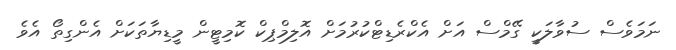
ނަމަވެސް ސުވާލަކީ ގޭމްސް އަށް އެކްރެޑިޓްކުރުމަށް އޮލިމްޕިކް ކޮމިޓީން މީޑިޔާތަކަށް އެންގިތޯ އެވެ